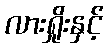
လားရှိုးနှင့်